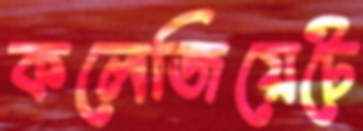
কলেজিয়েটে